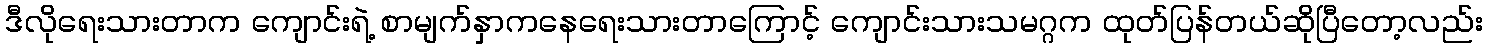
ဒီလိုရေးသားတာက ကျောင်းရဲ့ စာမျက်နှာကနေရေးသားတာကြောင့် ကျောင်းသားသမဂ္ဂက ထုတ်ပြန်တယ်ဆိုပြီတော့လည်း